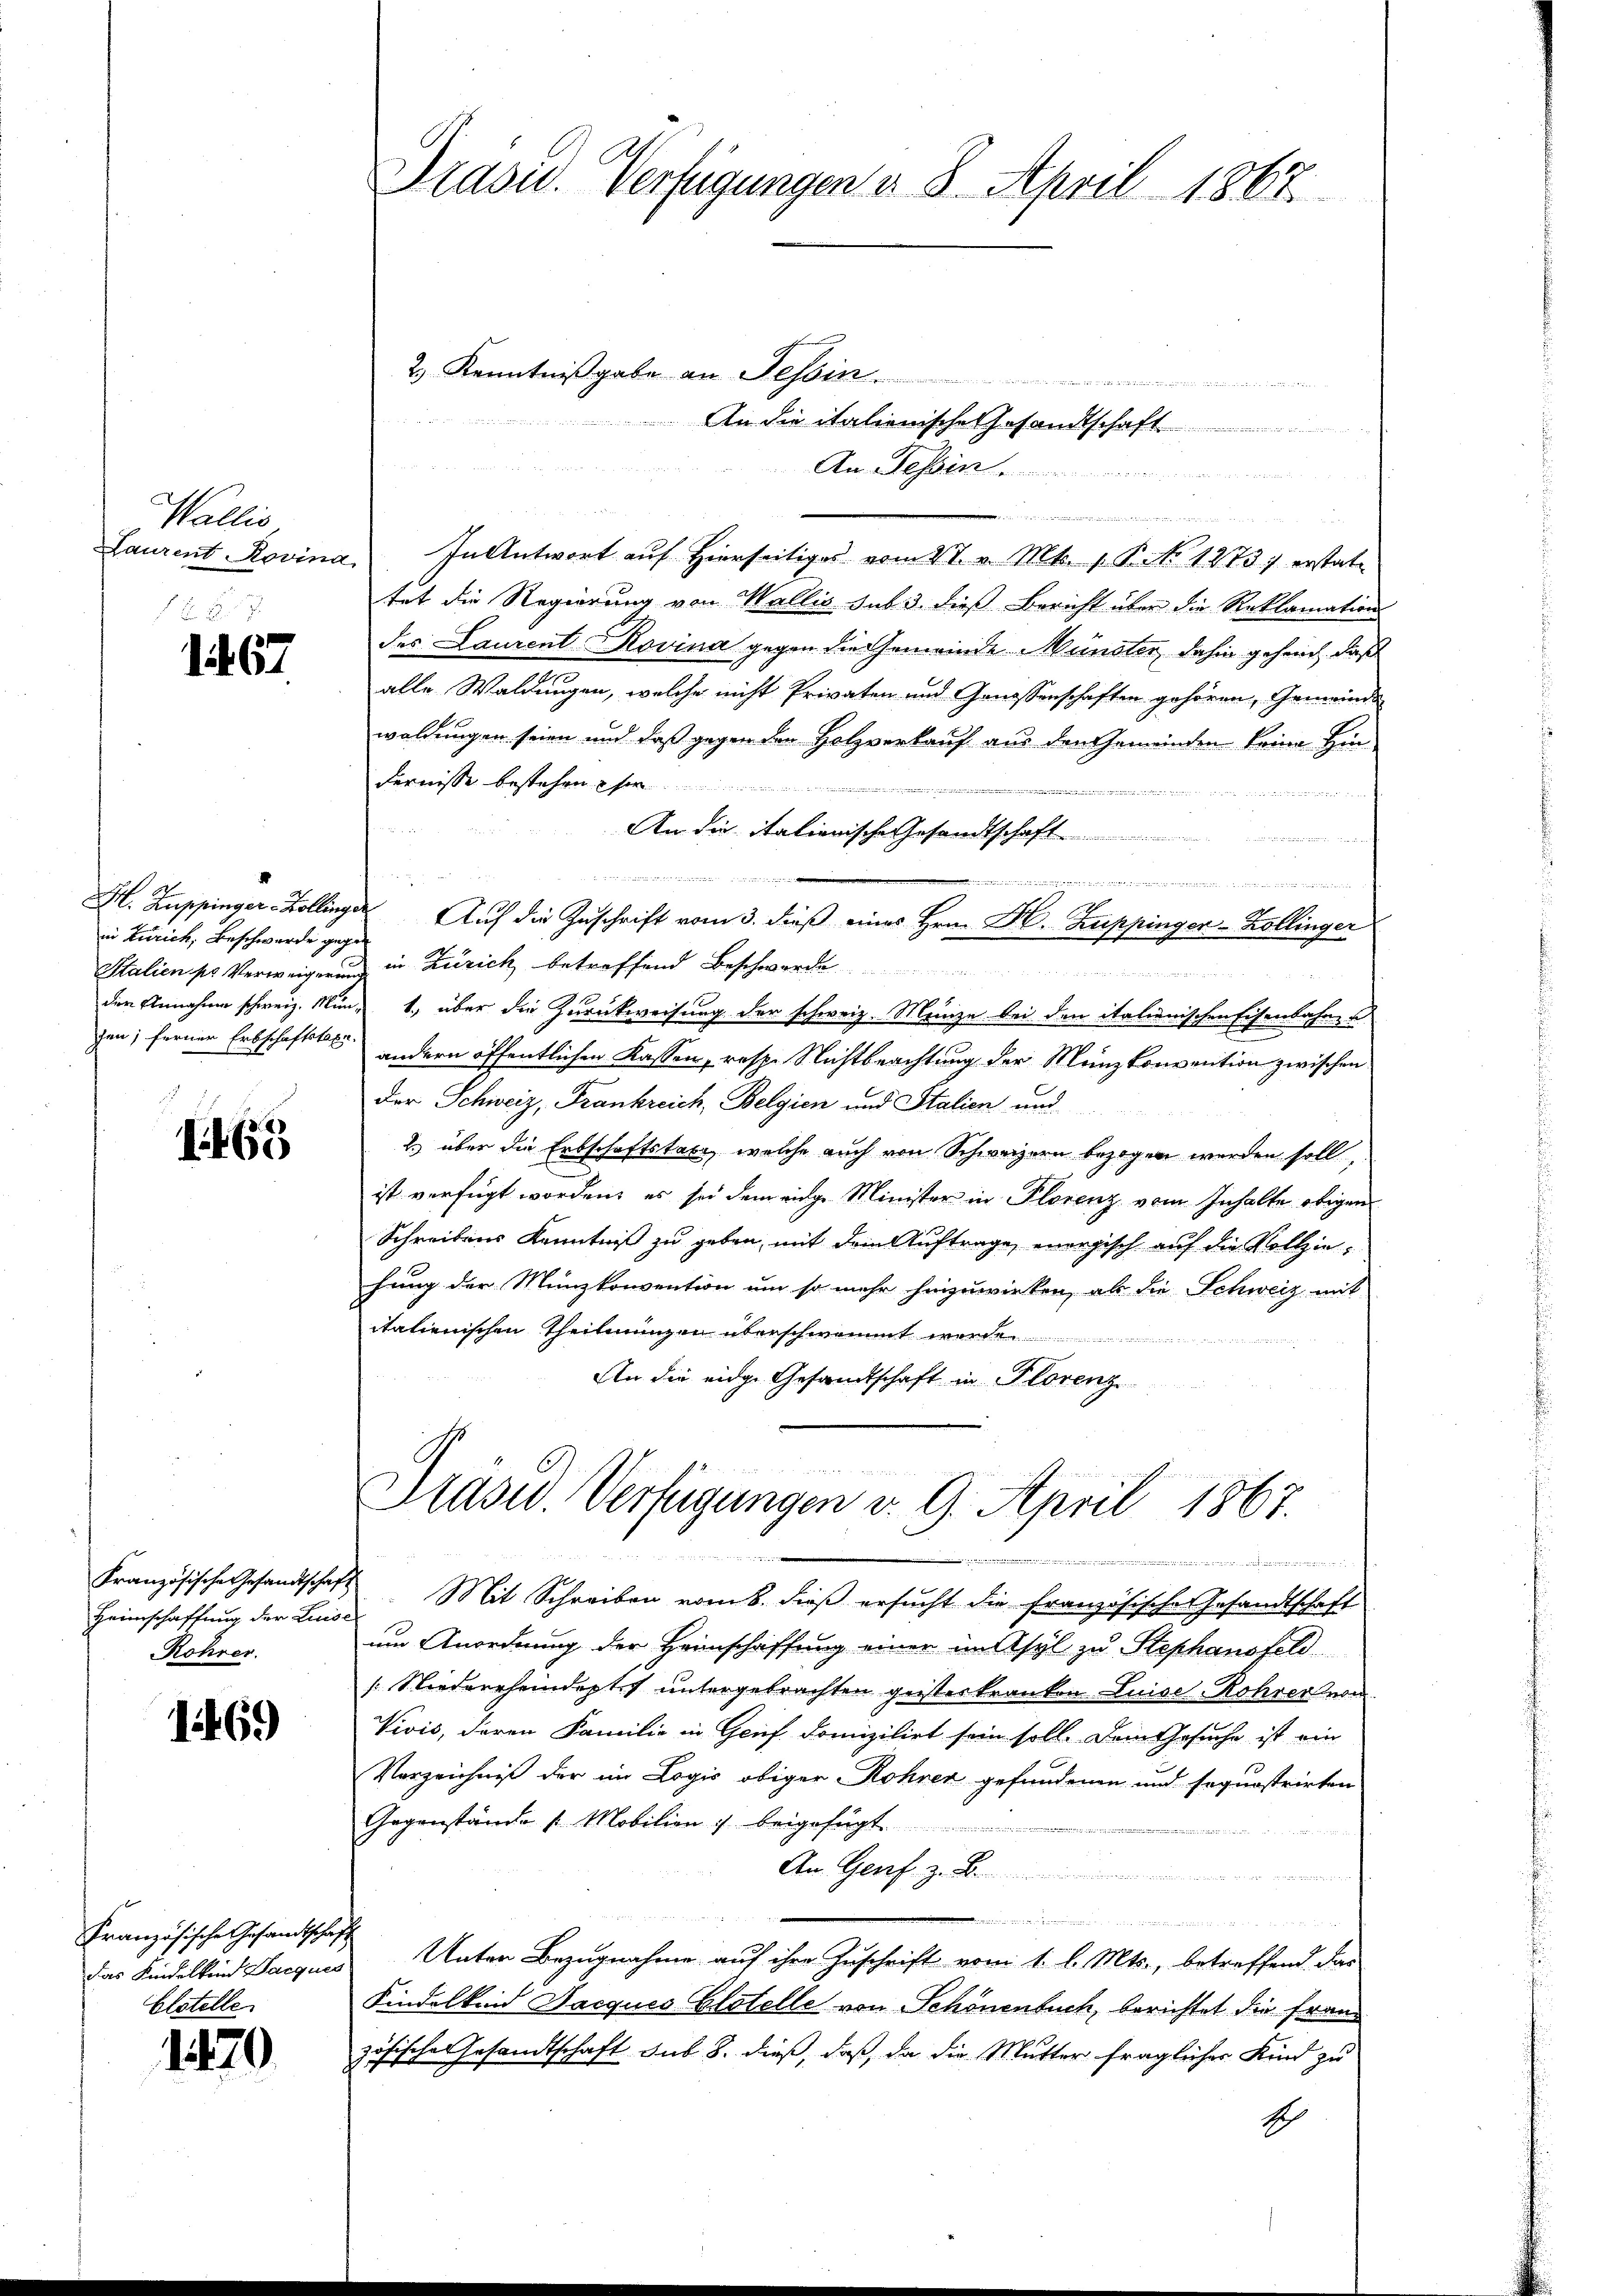
Wallis
Laurent Rovina

2 x
1467

in Zürich, Beschwerde gegen
Stalien pr Verweigerun

1465

Heimschaffung der Luise
Röhrer

1469

Französische Gesandtschaft
das Kindelkind Pacques
Elstelle

1470

Präsid. Verfügungen d. 8. April 1867

will anderen weil und
An die italienische Gesandtschaft

In Antwort auf Hierseitiges vom 27. v. Mts. 1. P. No 1273 erstat¬
u
tet die Regierung von Wallis sub 3. dieß Bericht über die Reklamations
des Laurent Rovina gegen die Gemeinde Münster, dahin gehend, daß
alle Waldungen, welche nicht Privaten und Genossenschaften gehören, Gemeinde
waldungen seien und daß gegen den Holzverkauf aus den Gemeinden keine Hindernisse bestehen her
 vi sie einer in der ge
An die Italienische Gesandtschaft .............
menden in der
H. Zuppinger-Zollinger Auf die Zuschrift vom 3. dieß eines Hrn. H. Zuppinger-Zollinger
 in Zürich betreffend Beschwerde
den Annahme schweiz. Mün- 1., über die Zurückweisung der schweiz. Münze bei den italienischen Eisenbahnen
zen; ferner Erbschaftster andern öffentlichen Kassen, resp. Nichtbeachtung der Menzkonvention zwischen
Der Schweiz, Frankreich, Belgien und Stalien und
2. über die Erbschaftstabe, welche auch von Schweizern bezogen werden soll,
ist verfügt worden, es sei dem einge Minister in Plorenz vom Inhalte obigen
Schreibens Kenntniß zu geben, mit dem Auftrage, energisch auf die Vollziehung der Münzkonvention um so mehr hinzuwirken, ob die Schweiz mit
itationischen Theilungen überschwommt werde
An die eidge Gesandtschaft in Florenz

2.) Kenntnißgabe an Tessin.

An Dessen

Präsid. Verfügungen v. 9. April 1867.
n

Französische Gesandtschaft Mit Schreiben vom 8. dieß ersucht die französische Gesandtschaft
um Anordnung der Heimschaffung einer in Asyl zu Stephansfeld
[Niederheindeptes untergebrachten geisterkranken Luise Rohrer von
Vivis, deren Familie in Genf domizilirt sein soll. Dem Gesuche ist ein
Verzeichniß der im Logis obiger Rohrer gefundenen und soquostrirten
Gegenstände u. Mobilien :/ beigefügt...............
An Genf. z. B.
ademie in de
Unter Bezugnahme auf ihre Zuschrift vom 1. l. Mts., betreffend das
Kindelkind Jacques Glstelle von Schönenbuch, berichtet die Frand
zösisches Gesandtschaft sub 8. dieß, daß, da die Mutter fraglicher Kind zu
1